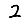
Digit: 2